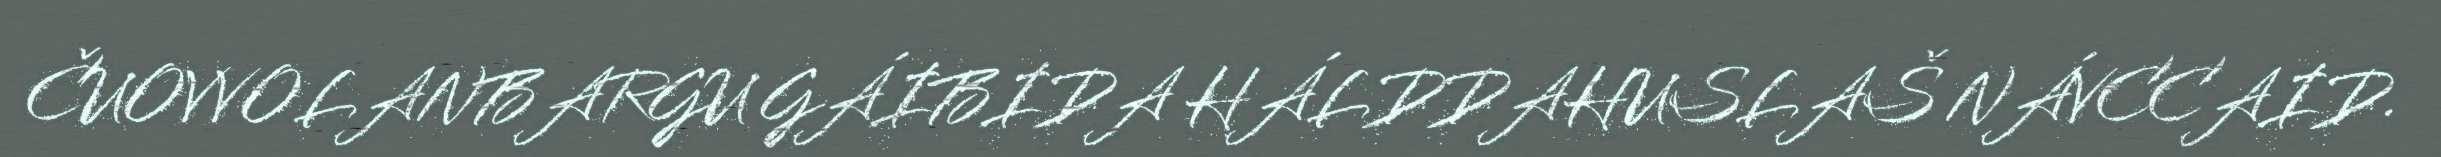
ČUOVVOLANBARGU GÁIBIDA HÁLDDAHUSLAŠ NÁVCCAID.